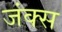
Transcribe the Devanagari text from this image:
जंक्स